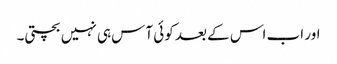
اور اب اس کے بعد کوئی آس ہی نہیں بچتی۔